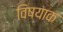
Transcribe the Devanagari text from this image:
विषयाक